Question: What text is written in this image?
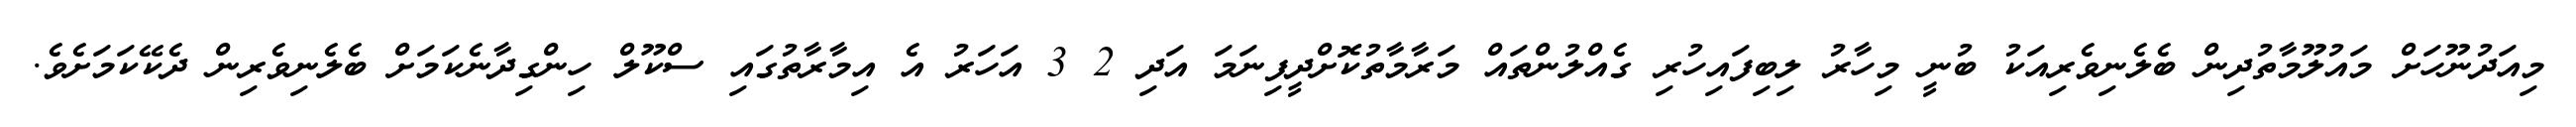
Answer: މިއަދުނޫހަށް މައުލޫމާތުދިން ބެލެނިވެރިއަކު ބުނީ މިހާރު ލިބިފައިހުރި ގެއްލުންތައް މަރާމާތުކޮށްދީފިނަމަ އަދި 2 3 އަހަރު އެ އިމާރާތުގައި ސްކޫލް ހިންގިދާނެކަމަށް ބެލެނިވެރިން ދެކޭކަމަށެވެ.